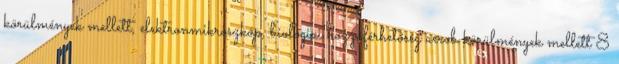
körülmények mellett, elektronmikroszkóp, biológiai hozzáférhetőség aerob körülmények mellett 8